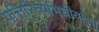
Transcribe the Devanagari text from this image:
पत्तिरित्यभिधीयते॥